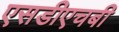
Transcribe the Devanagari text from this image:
एसडीएचबी